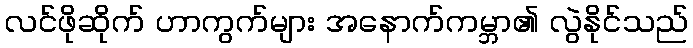
လင်ဖိုဆိုက် ဟာကွက်များ အနောက်ကမ္ဘာ၏ လွဲနိုင်သည်